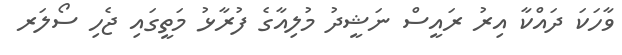
ވާހަކަ ދައްކާ އިރު ރައީސް ނަޝީދު މުލިއާގެ ފުރާޅު މަތީގައި ޖެހި ސޯލަރ